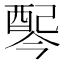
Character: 𫑸